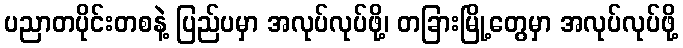
ပညာတပိုင်းတစနဲ့ ပြည်ပမှာ အလုပ်လုပ်ဖို့၊ တခြားမြို့တွေမှာ အလုပ်လုပ်ဖို့